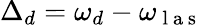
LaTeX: \Delta_{d}=\omega_{d}-\omega_{\mathrm{~l~a~s~}}